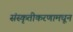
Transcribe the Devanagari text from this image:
संस्कृतीकरणामधून